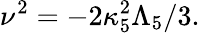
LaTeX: \nu^{2}=-2\kappa_{5}^{2}\Lambda_{5}/3.